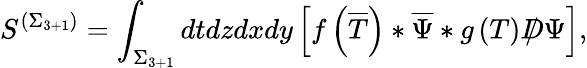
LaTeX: S^{\left(\Sigma_{3+1}\right)}=\int_{\Sigma_{3+1}}dtdzdxdy\left[f\left(\overline{{{T}}}\right)*\overline{{{\Psi}}}*g\left(T\right)D\! \! \! \! /\, \Psi\right],